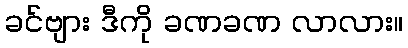
ခင်ဗျား ဒီကို ခဏခဏ လာလား။